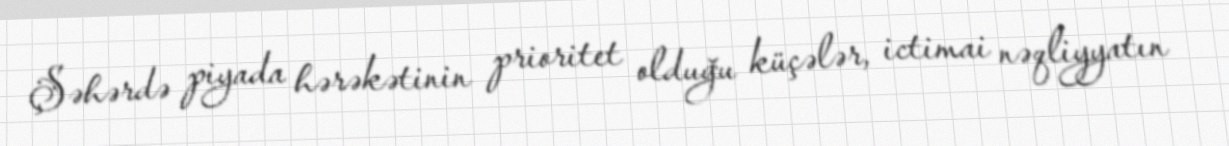
Şəhərdə piyada hərəkətinin prioritet olduğu küçələr, ictimai nəqliyyatın